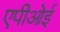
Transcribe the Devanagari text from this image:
एपीओई